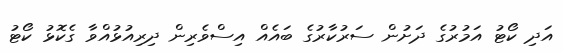
އަދި ކޯޓު އަމުރުގެ ދަށުން ސަރުކާރުގެ ބައެއް އިސްވެރިން ދިރިއުޅުއްވާ ގެކޮޅު ކޯޓު